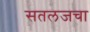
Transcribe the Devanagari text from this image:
सतलजचा